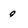
Character: q